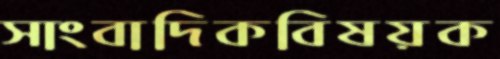
সাংবাদিকবিষয়ক